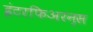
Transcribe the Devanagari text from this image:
इंटरफिअरन्स